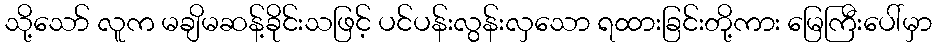
သို့သော် လူက မချိမဆန့်ခိုင်းသဖြင့် ပင်ပန်းလွန်းလှသော ရထားခြင်းတို့ကား မြေကြီးပေါ်မှာ